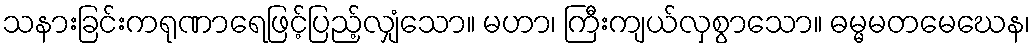
သနားခြင်းကရုဏာရေဖြင့်ပြည့်လျှံသော။ မဟာ၊ ကြီးကျယ်လှစွာသော။ ဓမ္မမတမေဃေန၊